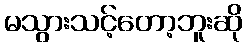
မသွားသင့်တော့ဘူးဆို